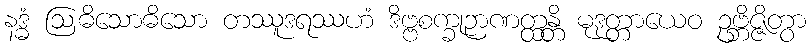
နဒ္ဓံ ဩဓိသောဓိသော တဿူဒရဿဟံ ဒိဗ္ဗစက္ခုဉာဏတ္ထန္တိ မုဒုတ္တာယေဝ ဥဗ္ဘိဇ္ဇိတွာ